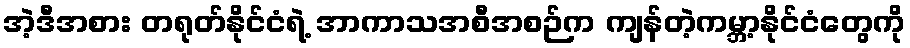
အဲ့ဒီအစား တရုတ်နိုင်ငံရဲ့ အာကာသအစီအစဉ်က ကျန်တဲ့ကမ္ဘာ့နိုင်ငံတွေကို